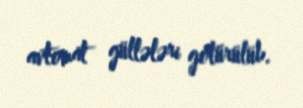
avtomat güllələri götürülüb.